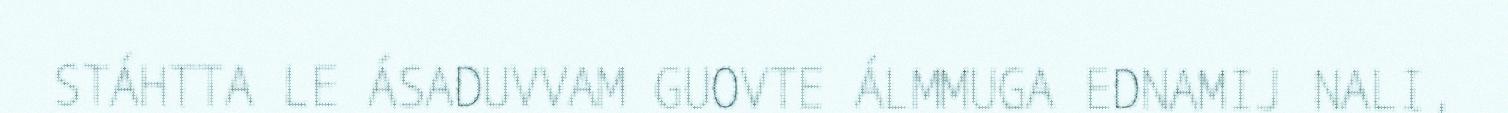
STÁHTTA LE ÁSADUVVAM GUOVTE ÁLMMUGA EDNAMIJ NALI,